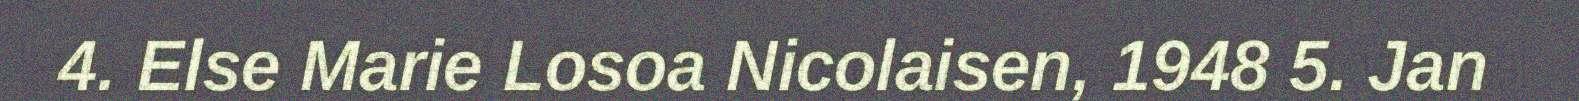
4. Else Marie Losoa Nicolaisen, 1948 5. Jan